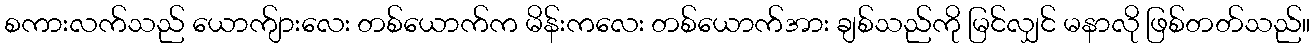
စကားလက်သည် ယောက်ျားလေး တစ်ယောက်က မိန်းကလေး တစ်ယောက်အား ချစ်သည်ကို မြင်လျှင် မနာလို ဖြစ်တတ်သည်။